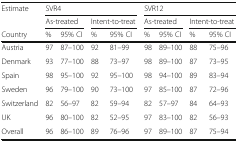
<table><thead><tr><td><b>Estimate</b></td><td colspan="4"><b>SVR4</b></td><td colspan="4"><b>SVR12</b></td></tr><tr><td></td><td colspan="2"><b>As-treated</b></td><td colspan="2"><b>Intent-to-treat</b></td><td colspan="2"><b>As-treated</b></td><td colspan="2"><b>Intent-to-treat</b></td></tr><tr><td><b>Country</b></td><td><b>%</b></td><td><b>95% CI</b></td><td><b>%</b></td><td><b>95% CI</b></td><td><b>%</b></td><td><b>95% CI</b></td><td><b>%</b></td><td><b>95% CI</b></td></tr></thead><tbody><tr><td>Austria</td><td>97</td><td>87–100</td><td>92</td><td>81–99</td><td>98</td><td>89–100</td><td>88</td><td>75–96</td></tr><tr><td>Denmark</td><td>93</td><td>77–100</td><td>88</td><td>73–97</td><td>98</td><td>89–100</td><td>87</td><td>73–95</td></tr><tr><td>Spain</td><td>98</td><td>95–100</td><td>92</td><td>95–100</td><td>98</td><td>94–100</td><td>89</td><td>83–94</td></tr><tr><td>Sweden</td><td>96</td><td>79–100</td><td>90</td><td>73–100</td><td>97</td><td>85–100</td><td>87</td><td>72–96</td></tr><tr><td>Switzerland</td><td>82</td><td>56–97</td><td>82</td><td>59–94</td><td>82</td><td>57–97</td><td>84</td><td>64–93</td></tr><tr><td>UK</td><td>96</td><td>80–100</td><td>82</td><td>52–95</td><td>97</td><td>83–100</td><td>82</td><td>56–93</td></tr><tr><td>Overall</td><td>96</td><td>86–100</td><td>89</td><td>76–96</td><td>97</td><td>89–100</td><td>87</td><td>75–94</td></tr></tbody></table>